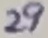
Text: 29